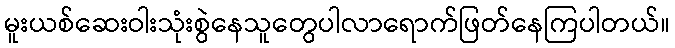
မူးယစ်ဆေးဝါးသုံးစွဲနေသူတွေပါလာရောက်ဖြတ်နေကြပါတယ်။